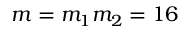
m = m _ { 1 } m _ { 2 } = 1 6